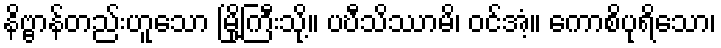
နိဗ္ဗာန်တည်းဟူသော မြို့ကြီးသို့။ ပဎီသိဿာမိ၊ ဝင်အံ့။ ကောစိပုရိသော၊